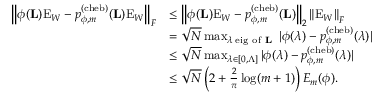
\begin{array} { r l } { \left\| \phi ( \mathbf { L } ) \mathrm { E } _ { W } - p _ { \phi , m } ^ { ( \mathrm { c h e b } ) } ( \mathbf { L } ) \mathrm { E } _ { W } \right\| _ { F } } & { \leq \left\| \phi ( \mathbf { L } ) \mathrm { E } _ { W } - p _ { \phi , m } ^ { ( \mathrm { c h e b } ) } ( \mathbf { L } ) \right\| _ { 2 } \left\| \mathrm { E } _ { W } \right\| _ { F } } \\ & { = \sqrt { N } \operatorname* { m a x } _ { \lambda \; \mathrm { e i g ~ o f ~ \mathbf { L } ~ } } | \phi ( \lambda ) - p _ { \phi , m } ^ { ( \mathrm { c h e b } ) } ( \lambda ) | } \\ & { \leq \sqrt { N } \operatorname* { m a x } _ { \lambda \in [ 0 , \Lambda ] } | \phi ( \lambda ) - p _ { \phi , m } ^ { ( \mathrm { c h e b } ) } ( \lambda ) | } \\ & { \leq \sqrt { N } \left( 2 + \textstyle \frac { 2 } { \pi } \log ( m + 1 ) \right) E _ { m } ( \phi ) . } \end{array}